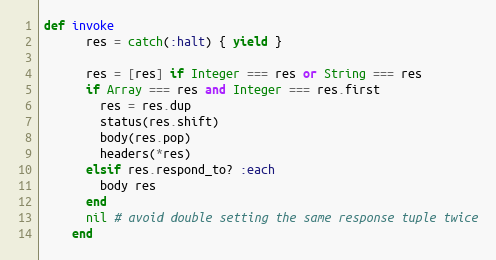
Language: Ruby
def invoke
      res = catch(:halt) { yield }

      res = [res] if Integer === res or String === res
      if Array === res and Integer === res.first
        res = res.dup
        status(res.shift)
        body(res.pop)
        headers(*res)
      elsif res.respond_to? :each
        body res
      end
      nil # avoid double setting the same response tuple twice
    end